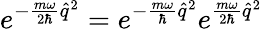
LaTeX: e^{-\frac{m\omega}{2\hbar}\hat{q}^{2}}=e^{-\frac{m\omega}{\hbar}\hat{q}^{2}}e^{\frac{m\omega}{2\hbar}\hat{q}^{2}}